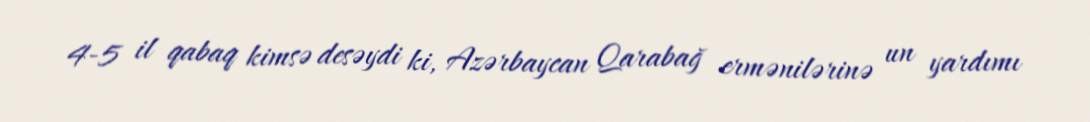
4-5 il qabaq kimsə desəydi ki, Azərbaycan Qarabağ ermənilərinə un yardımı